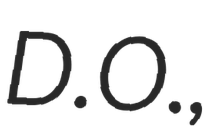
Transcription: D.O.,